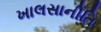
ખાલસાનીતિ